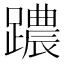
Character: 𨆞